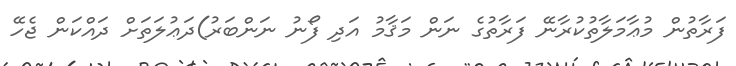
ފަރާތުން މުޢާމަލާތުކުރާނޭ ފަރާތުގެ ނަން މަޤާމު އަދި ފޯނު ނަންބަރު)ދަޢުލަތަށް ދައްކަން ޖެހޭ